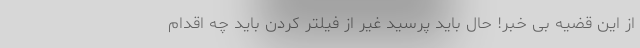
از این قضیه بی خبر! حال باید پرسید غیر از فیلتر کردن باید چه اقدام